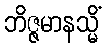
ဘိဇ္ဇမာနသ္မိံ